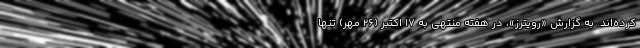
کرده‌اند. به گزارش «رویترز»، در هفته منتهی به ۱۷ اکتبر (۲۶ مهر) تنها